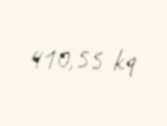
410,55 kq